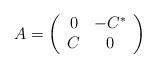
LaTeX: \begin{align*}A=\left(\begin{array}{cc}0 & -C^{*}\\C & 0\end{array}\right)\end{align*}